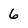
Character: 6